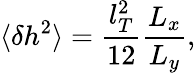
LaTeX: \langle\delta h^{2}\rangle=\frac{l_{T}^{2}}{12}\frac{L_{x}}{L_{y}},